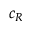
c _ { R }